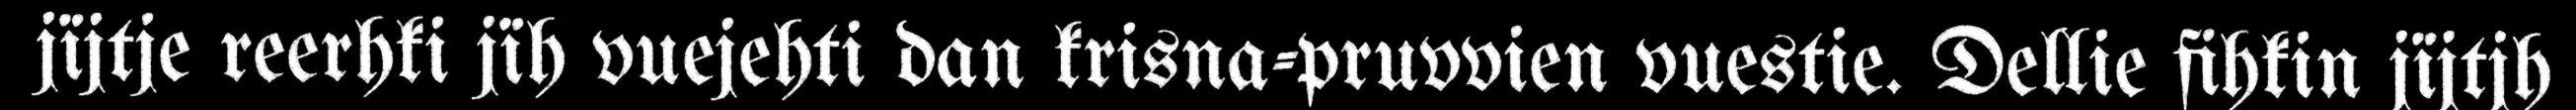
jïjtje reerhki jïh vuejehti dan krisna-pruvvien vuestie. Dellie fihkin jïjtjh